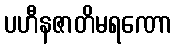
ပဟီနဇာတိမရဏော